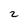
Character: 2